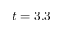
t = 3 . 3